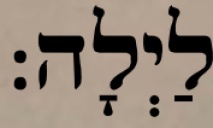
לַיְלָה: